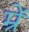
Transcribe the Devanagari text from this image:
म्रें